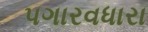
પગારવધારા